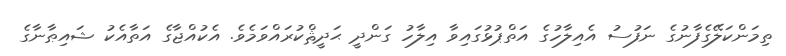
ތިމަންކަލޭގެފާނުގެ ނަފުސު އެއިލާހުގެ އަތްޕުޅުގައިވާ އިލާހު ގަންދީ ޙަދީޘްކުރައްވަމެވެ. އެކުއްޖާގެ އަތާއެކު ޝައިޠާނާގެ